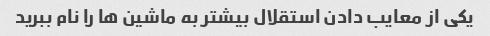
یکی از معایب دادن استقلال بیشتر به ماشین ها را نام ببرید